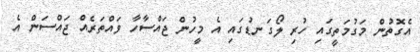
އެގޮތުން މަގުމަތީގައި ހުރި ލޯގަނޑުގައި އެ މީހުން ޖައްސާހާ ވައްތަރެއް ޖައްސަން އެ